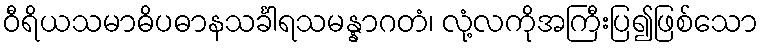
ဝီရိယသမာဓိပဓာနသင်္ခါရသမန္နာဂတံ၊ လုံ့လကိုအကြီးပြ၍ဖြစ်သော